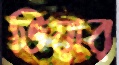
ভিয়ার